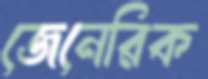
জেনেরিক